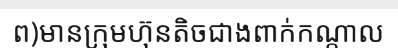
ព)មានក្រុមហ៊ុនតិចជាងពាក់កណ្តាល